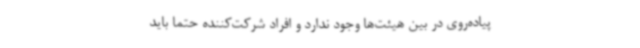
پیاده‌روی در بین هیئت‌ها وجود ندارد و افراد شرکت‌کننده حتما باید